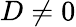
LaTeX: D\neq 0